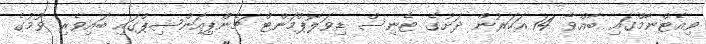
ވިއެޓްނާމްގައި ބާއްވާ 14 އަހަރުން ދަށުގެ ޓެނިސް ޑިވަލޮޕްމަންޓް ޗެންޕިއަންޝިޕްގައި ބައިވެރި ވުމުގެ